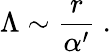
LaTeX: \Lambda\sim{\frac{r}{\alpha^{\prime}}}~.